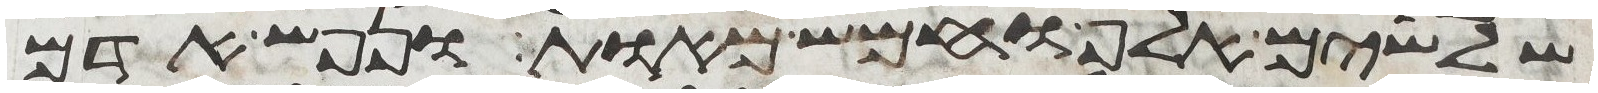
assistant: שלשים אלף וחמש מאות ונפש אדם